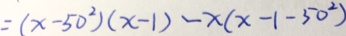
= ( x - 5 0 ^ { 2 } ) ( x - 1 ) - x ( x - 1 - 5 0 ^ { 2 } )